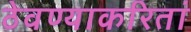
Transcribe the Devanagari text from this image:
ठेवण्याकरितां